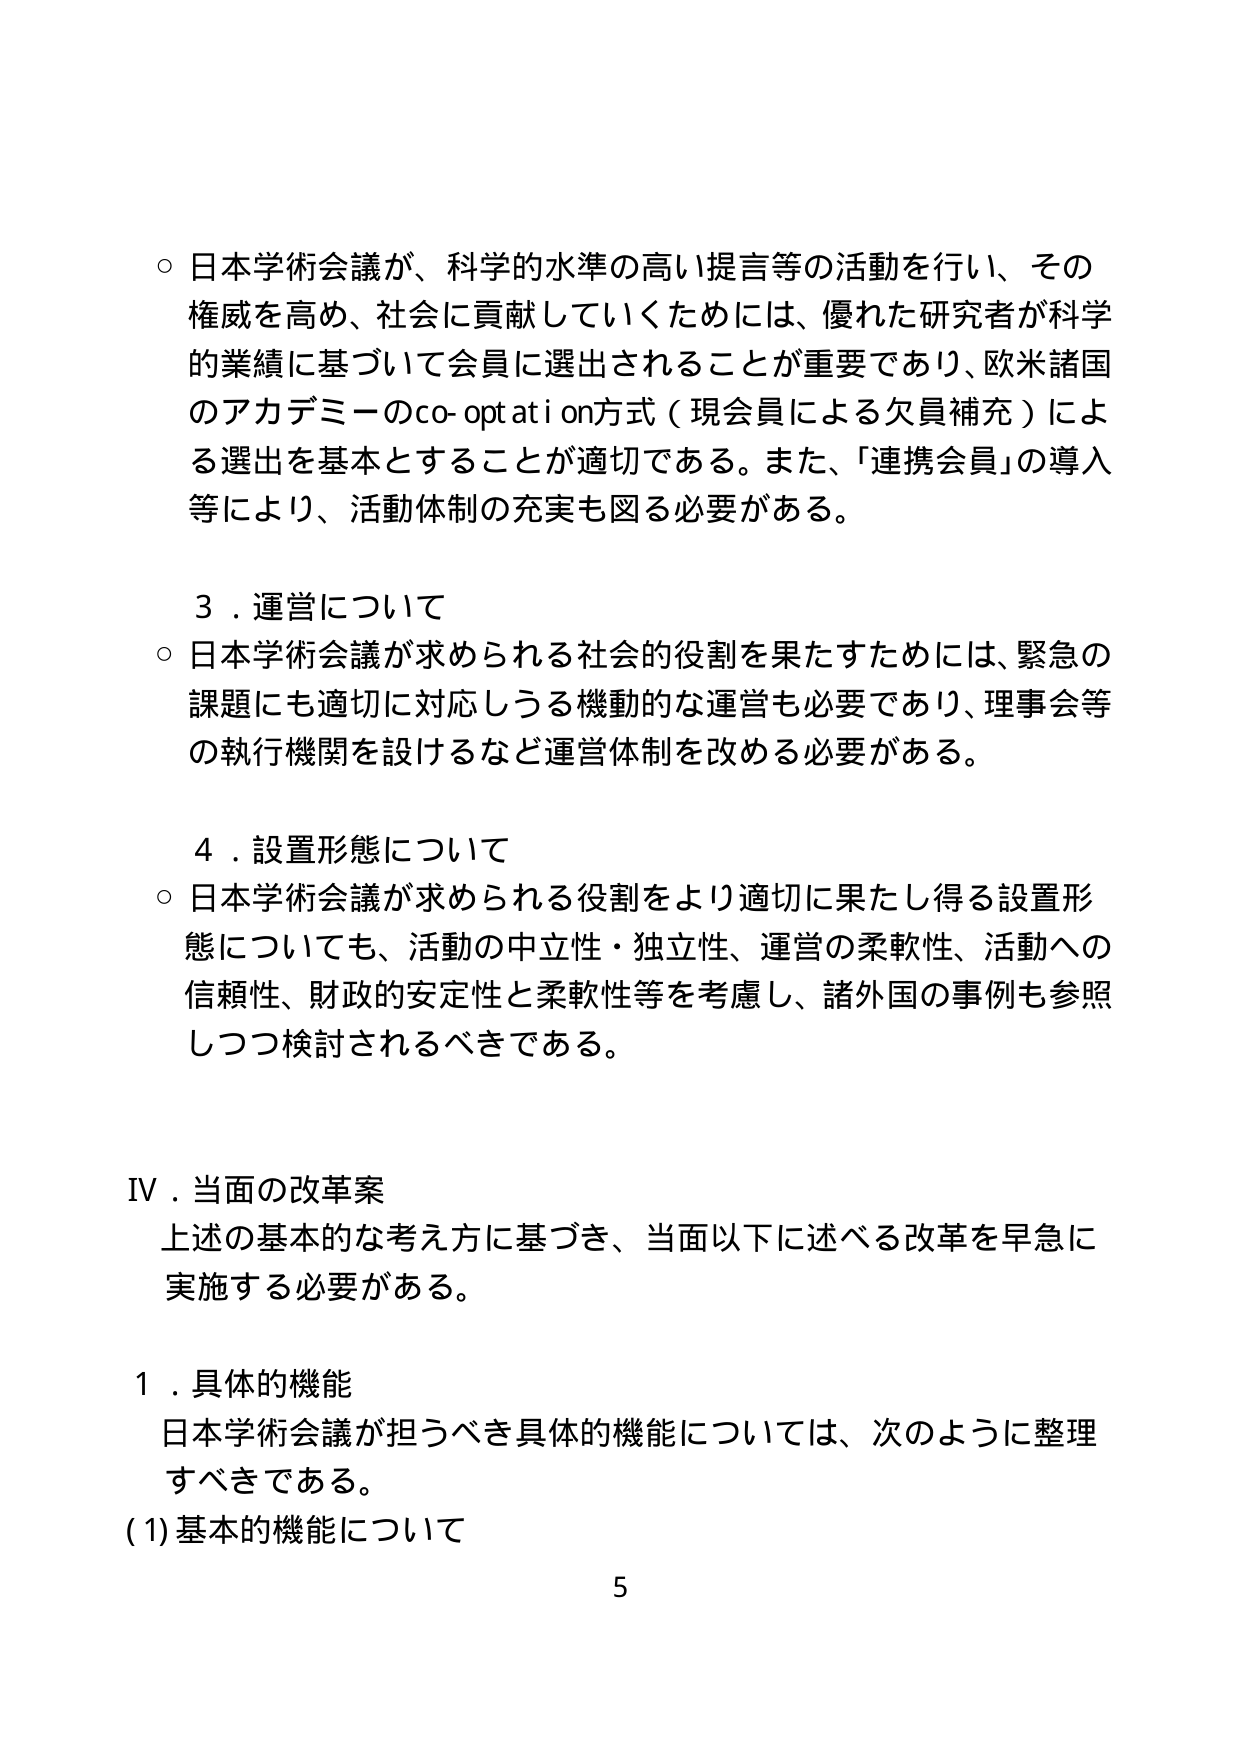
○ 日本学術会議が、科学的水準の高い提言等の活動を行い、その権威を高め、社会に貢献していくためには、優れた研究者が科学的業績に基づいて会員に選出されることが重要であり、欧米諸国のアカデミーのco-optation方式（現会員による欠員補充）による選出を基本とすることが適切である。また、「連携会員」の導入等により、活動体制の充実も図る必要がある。

３．運営について
○ 日本学術会議が求められる社会的役割を果たすためには、緊急の課題にも適切に対応しうる機動的な運営も必要であり、理事会等の執行機関を設けるなど運営体制を改める必要がある。

４．設置形態について
○ 日本学術会議が求められる役割をより適切に果たし得る設置形態についても、活動の中立性・独立性、運営の柔軟性、活動への信頼性、財政的安定性と柔軟性等を考慮し、諸外国の事例も参照しつつ検討されるべきである。

Ⅳ．当面の改革案
上述の基本的な考え方に基づき、当面以下に述べる改革を早急に実施する必要がある。

１．具体的機能
日本学術会議が担うべき具体的機能については、次のように整理すべきである。
(1) 基本的機能について

5